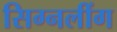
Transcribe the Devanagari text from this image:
सिग्नलींग